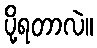
ပို့ရတာလဲ။